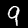
Label: 9